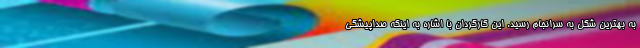
به بهترین شکل به سرانجام رسید. این کارگردان با اشاره به اینکه صداپیشگی